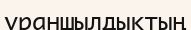
ұраншылдықтың